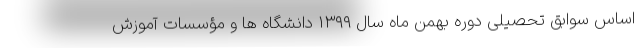
اساس سوابق تحصیلی دوره بهمن ماه سال ۱۳۹۹ دانشگاه ها و مؤسسات آموزش